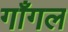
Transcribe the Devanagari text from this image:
गाँगल